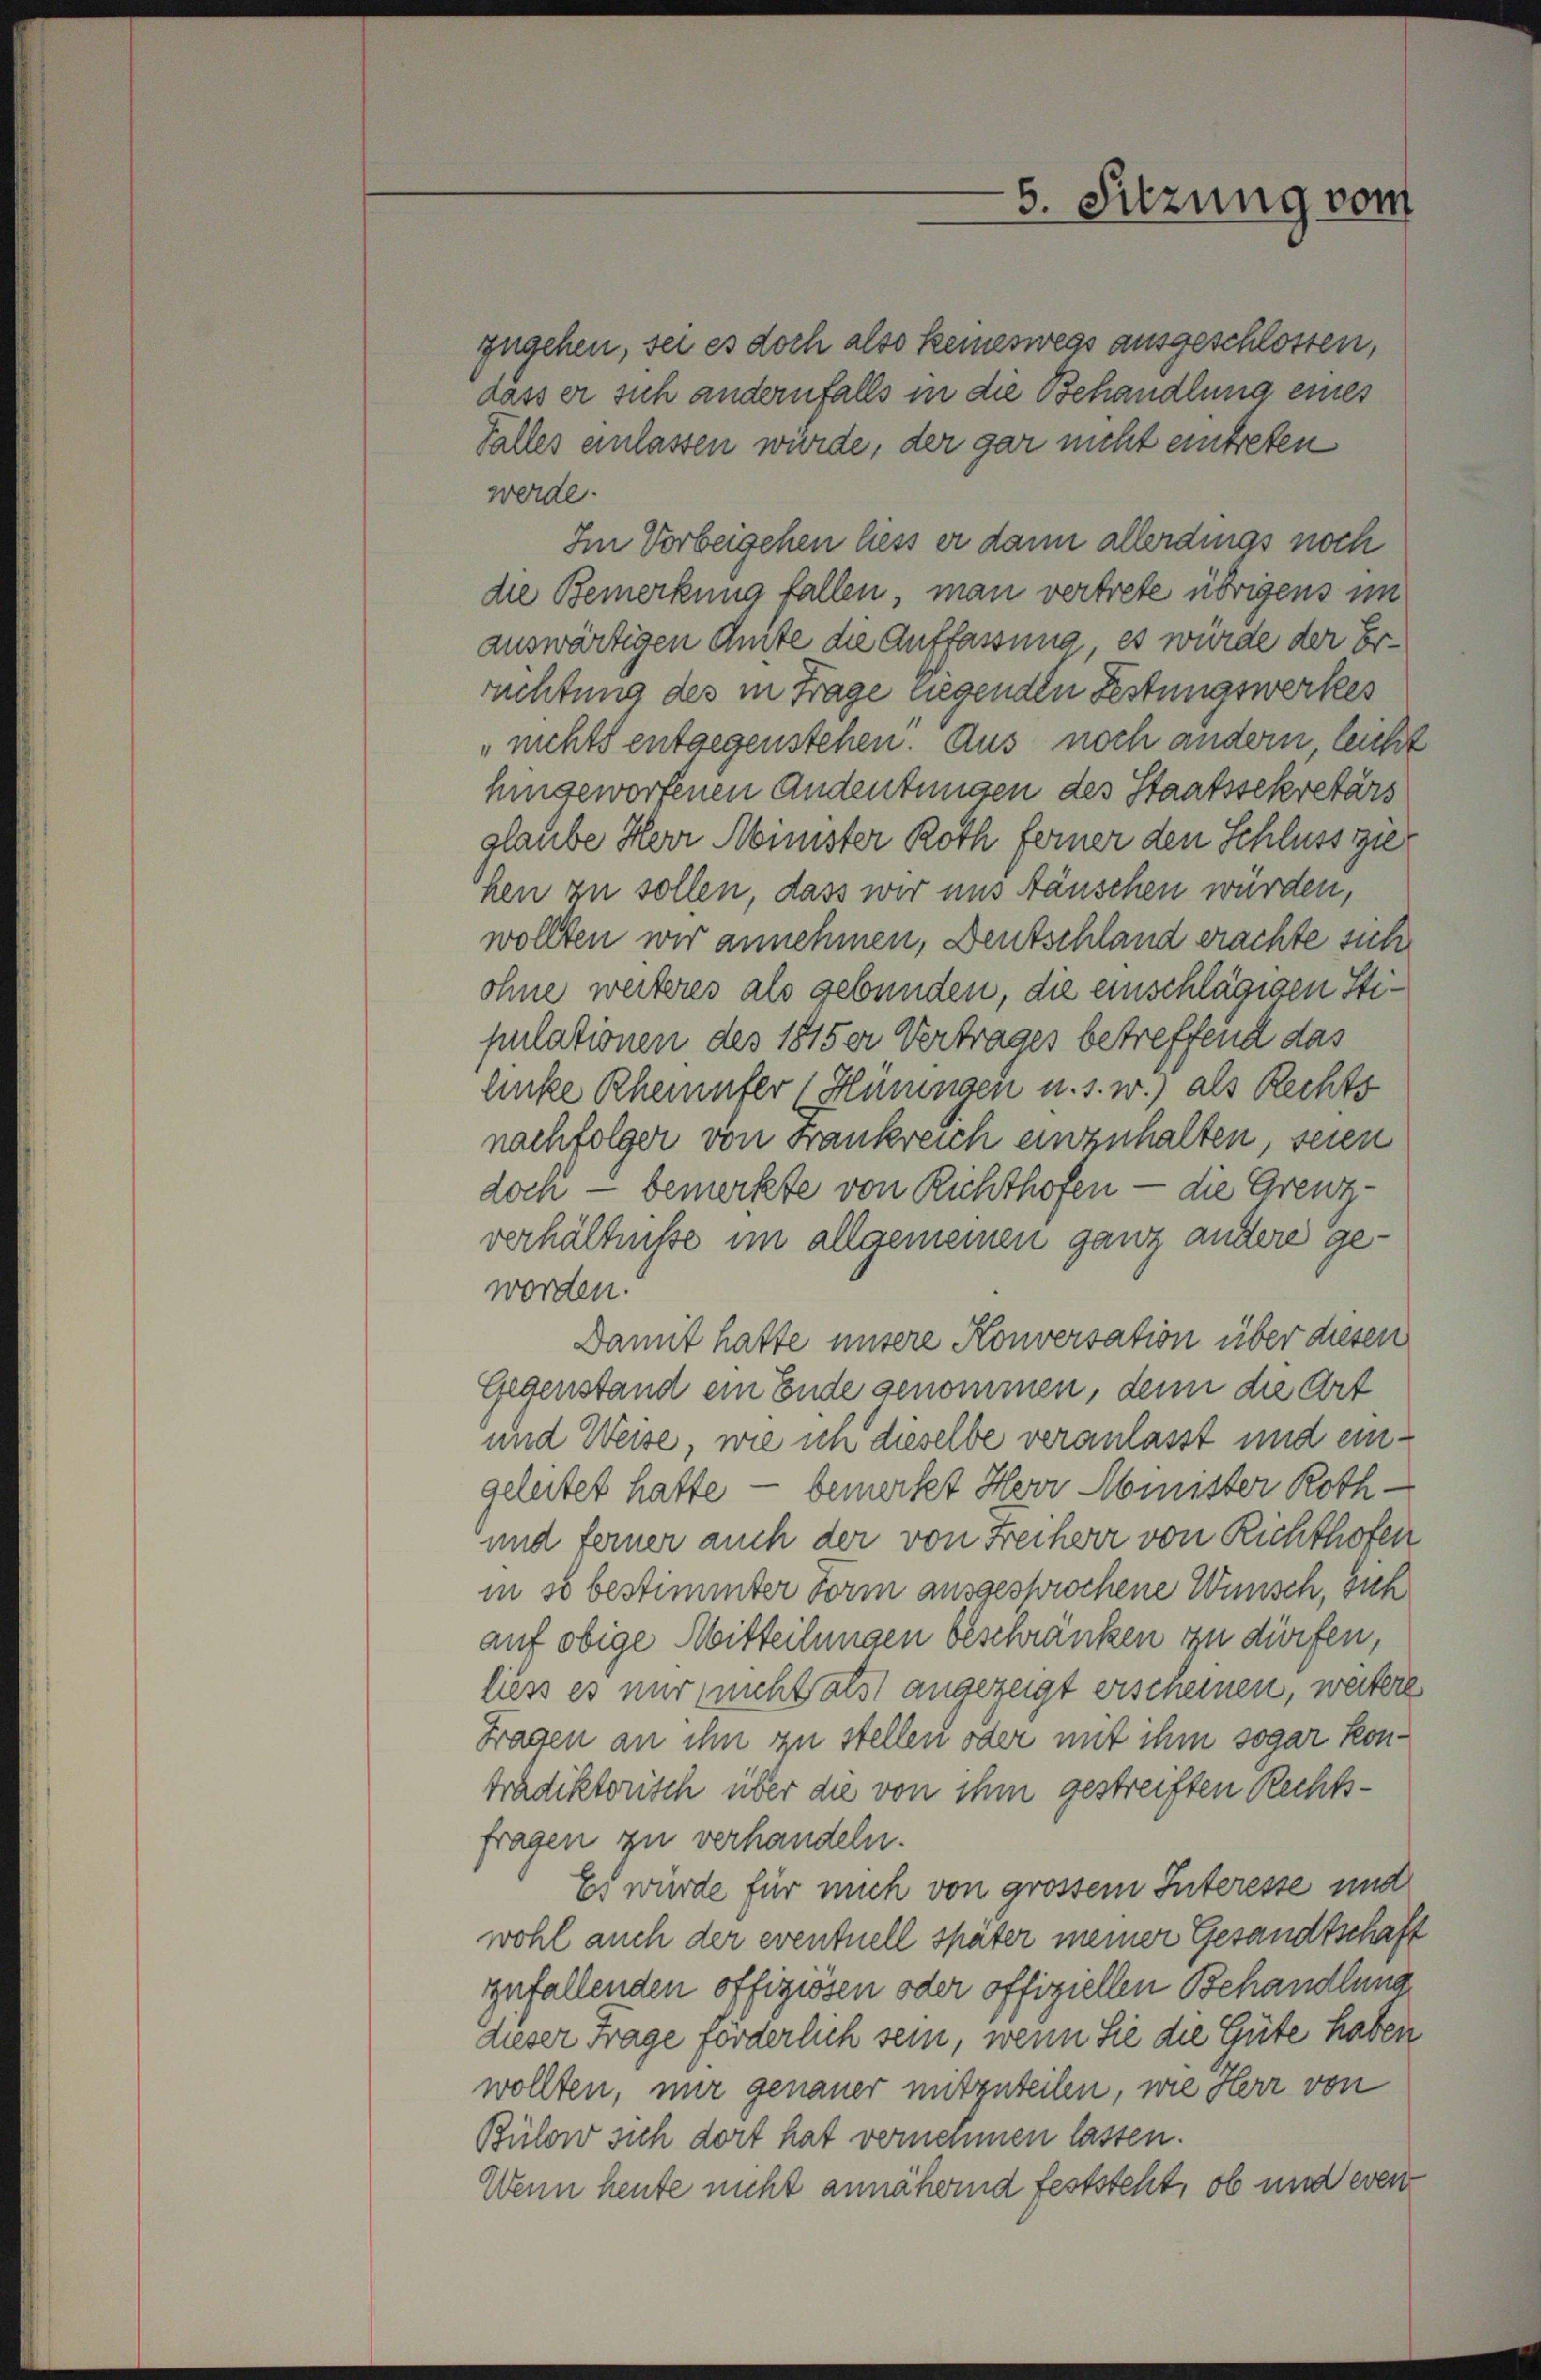
5. Sitzung vom

zugehen, sei es doch also keineswegs ausgeschlossen,
dass er sich andernfalls in die Behandlung eines

Falles einlassen würde, der gar nicht eintreten
werde.
Im Vorbeigehen liess er dann allerdings noch
die Bemerkung fallen, man vertrete übrigens im
auswärtigen Amte die Auffassung, es würde der Errachtung des in Frage liegenden Festungswerkes
„nichts entgegenstehen. Aus noch andern, leicht
hingeworfenen Andeutungen des Staatssekretärs
glaube Herr Minister Roth ferner den Schluss zienen zu sollen, dass wir uns täuschen würden,
wollten wir annehmen, Deutschland erachte sich
ohne weiteres als gebunden, die einschlägigen Stipulationen des 1815 er Vertrages betreffend das
linke Rheinufer (Hüningen u. s. w.) als Rechts
nachfolger von Frankreich einzuhalten, seien
doch — bemerkte von Richthofen — die Grenzverhältnisse im allgemeinen ganz andere geworden.
Damit hatte unsere Konversation über diesen
Gegenstand ein Ende genommen, denn die Art
und Weise, wie ich dieselbe veranlasst und eingeleitet hatte — bemerkt Herr Minister Roth¬
und ferner auch der von Freiherr von Richthofen
in so bestimmter Form ausgesprochene Wünsch, sich
auf obige Mitteilungen beschränken zu dürfen,
liess es nur nicht als angezeigt erscheinen, weitere
Fragen an ihn zu stellen oder mit ihm sogar kontradiktorisch über die von ihm gestreiften Rechtsfragen zu verhandeln.
Es würde für mich von grossem Interesse und
wohl auch der eventuell später meiner Gesandtschaft
zufallenden offigiösen oder offiziellen Behandlung
dieser Frage förderlich sein, wenn Sie die Güte haben
wollten, nur genauer mitzuteilen, wie Herr von
Bülow sich dort hat vernommen lassen.
Wenn heute nicht annähernd feststeht, ob und even¬